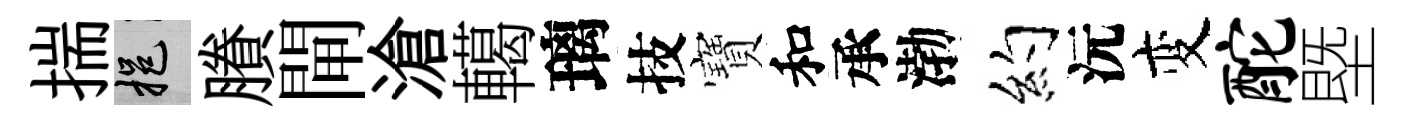
揣挹賸閘滄轕璃技寶和承渤約沅变酡塈